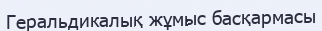
Геральдикалық жұмыс басқармасы